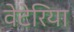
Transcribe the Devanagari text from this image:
वेटेरिया